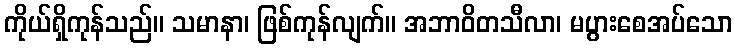
ကိုယ်ရှိကုန်သည်။ သမာနာ၊ ဖြစ်ကုန်လျက်။ အဘာဝိတသီလာ၊ မပွားစေအပ်သော